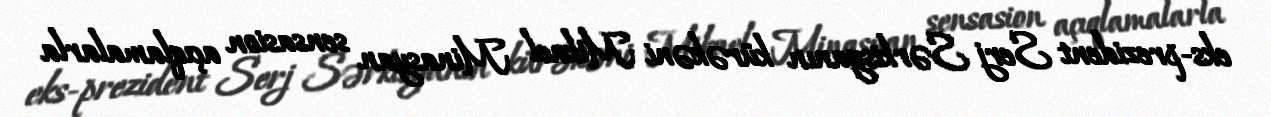
eks-prezident Serj Sərkisyanın kürəkəni Mikael Minasyan sensasion açıqlamalarla